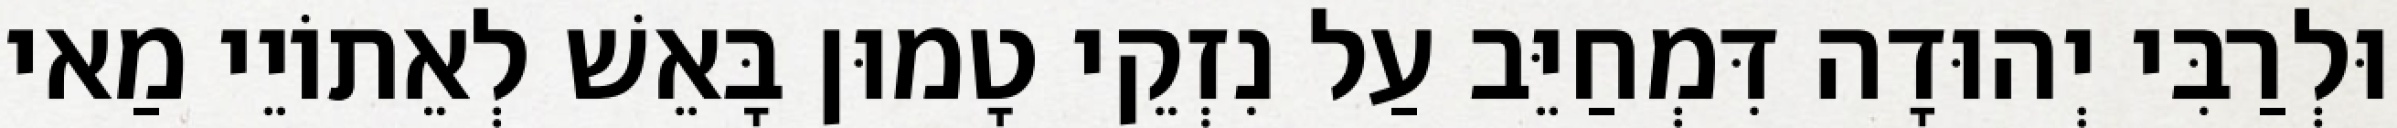
וּלְרַבִּי יְהוּדָה דִּמְחַיֵּב עַל נִזְקֵי טָמוּן בָּאֵשׁ לְאֵתוֹיֵי מַאי